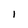
Character: l